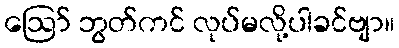
ဩော် ဘွတ်ကင် လုပ်မလို့ပါခင်ဗျာ။